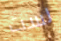
لست